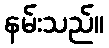
နမ်းသည်။